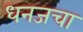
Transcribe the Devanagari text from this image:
धनजचा